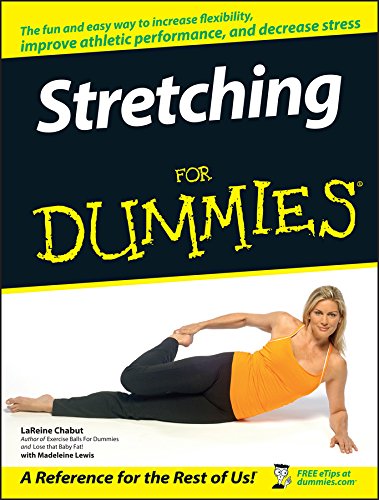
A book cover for Stretching For Dummies; LaReine Chabut; Health, Fitness & Dieting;